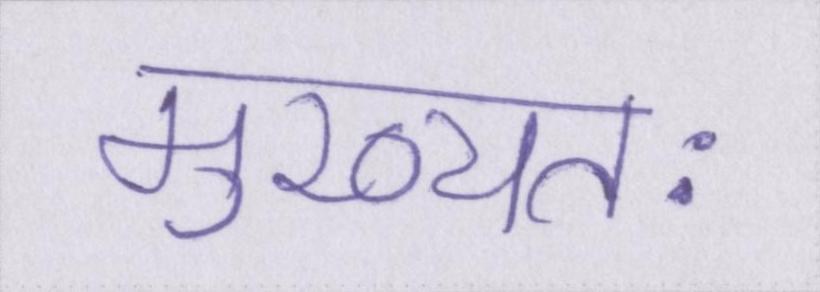
मुख्यतः